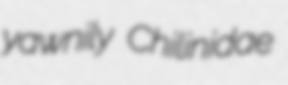
yawnily Chilinidae